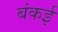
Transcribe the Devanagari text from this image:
बंकई